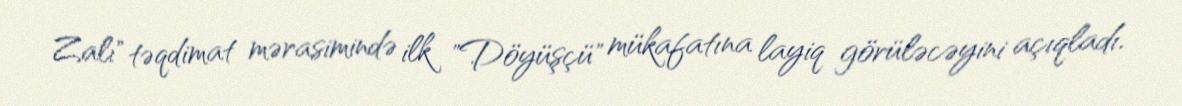
Zalı" təqdimat mərasimində ilk "Döyüşçü" mükafatına layiq görüləcəyini açıqladı.